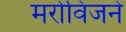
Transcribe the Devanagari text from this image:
मरोविजने